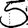
Digit: 5